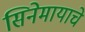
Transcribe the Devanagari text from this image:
सिनेमायाचे